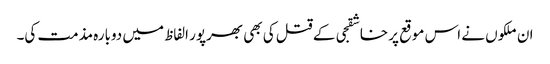
ان ملکوں نے اس موقع پر خاشقجی کے قتل کی بھی بھرپور الفاظ میں دوبارہ مذمت کی۔